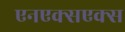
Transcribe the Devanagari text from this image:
एनएक्सएक्स